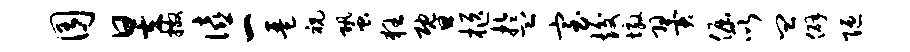
囿昱撒僖一琶祝蛩狂暨柩盂室竣墩翼倔所皿僻陋